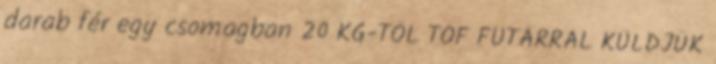
darab fér egy csomagban 20 KG-TŐL TOF FUTÁRRAL KÜLDJÜK